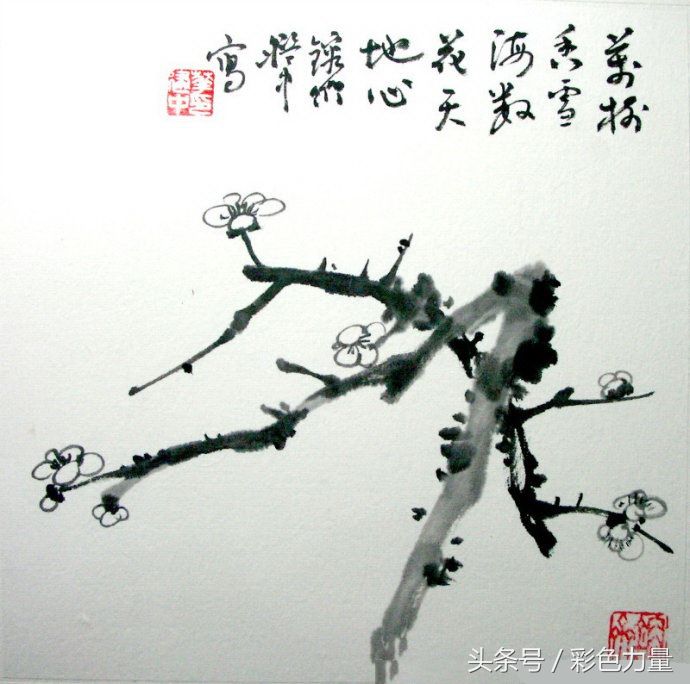
看来岂是寻常色，浓淡由他冰雪中。